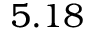
5 . 1 8